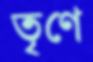
তৃণে